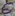
Text: 6